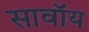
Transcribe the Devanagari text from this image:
सावॉय